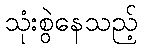
သုံးစွဲနေသည့်